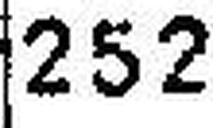
252.—